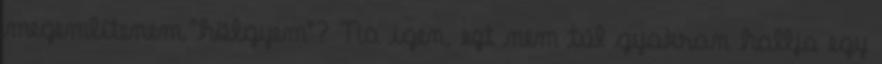
megemlítenem."hölgyem"? Na igen, ezt nem túl gyakran hallja egy